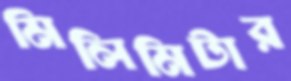
মিলিমিটার